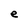
Character: e